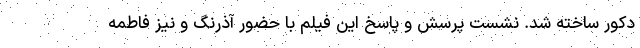
دکور ساخته شد. نشست پرسش و پاسخ این فیلم با حضور آذرنگ و نیز فاطمه